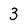
Character: 3